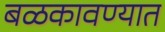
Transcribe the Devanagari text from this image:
बळकावण्यात